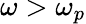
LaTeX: \omega>\omega_{p}